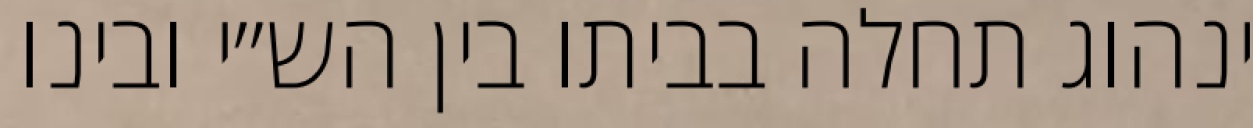
ינהוג תחלה בביתו בין הש״י ובינו